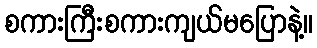
စကားကြီးစကားကျယ်မပြောနဲ့။